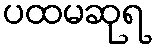
ပထမဆုရ